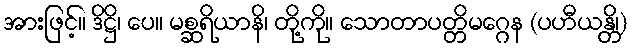
အားဖြင့်။ ဒိဋ္ဌိ၊ ပေ။ မစ္ဆရိယာနိ၊ တို့ကို။ သောတာပတ္တိမဂ္ဂေန (ပဟီယန္တိ၊)